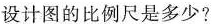
设计图的比例尺是多少?